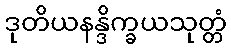
ဒုတိယနန္ဒိက္ခယသုတ္တံ